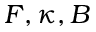
F , \kappa , B